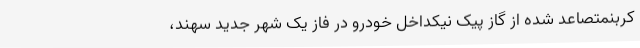
کربنمتصاعد شده از گاز پیک نیکداخل خودرو در فاز یک شهر جدید سهند،